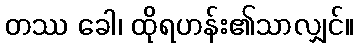
တဿ ခေါ၊ ထိုရဟန်း၏သာလျှင်။